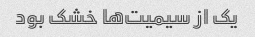
یک از سیمیت‌ها خشک بود